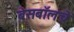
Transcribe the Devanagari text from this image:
बेसबॉलचे